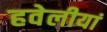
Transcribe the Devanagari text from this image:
हवेलीयां